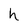
Character: h